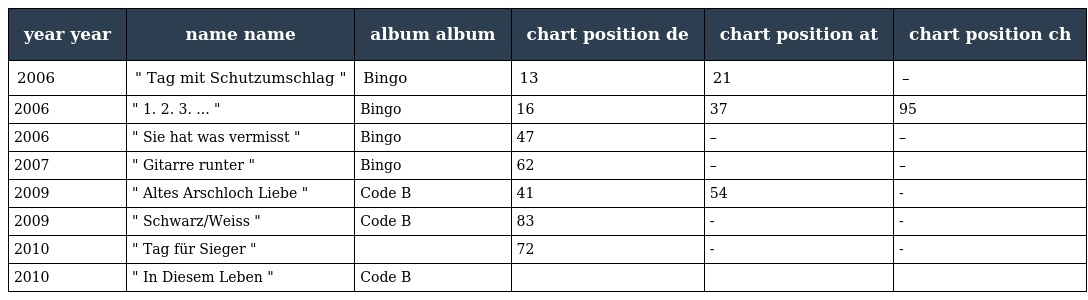
| year year | name name | album album | chart position de | chart position at | chart position ch |
 | --- | --- | --- | --- | --- | --- |
 | 2006 | " Tag mit Schutzumschlag " | Bingo | 13 | 21 | – |
 | 2006 | " 1. 2. 3. ... " | Bingo | 16 | 37 | 95 |
 | 2006 | " Sie hat was vermisst " | Bingo | 47 | – | – |
 | 2007 | " Gitarre runter " | Bingo | 62 | – | – |
 | 2009 | " Altes Arschloch Liebe " | Code B | 41 | 54 | - |
 | 2009 | " Schwarz/Weiss " | Code B | 83 | - | - |
 | 2010 | " Tag für Sieger " |  | 72 | - | - |
 | 2010 | " In Diesem Leben " | Code B |  |  |  |